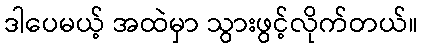
ဒါပေမယ့် အထဲမှာ သွားဖွင့်လိုက်တယ်။